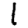
Digit: 1